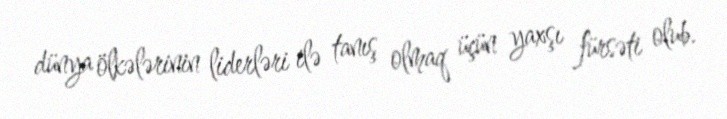
dünya ölkələrinin liderləri ilə tanış olmaq üçün yaxşı fürsəti olub.